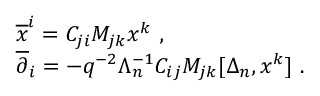
\begin{array} { l } { { { \overline { { x } } ^ { i } } = C _ { j i } M _ { j k } x ^ { k } ~ , } } \\ { { { \overline { { \partial } } _ { i } } = - q ^ { - 2 } \Lambda _ { n } ^ { - 1 } C _ { i j } M _ { j k } [ \Delta _ { n } , x ^ { k } ] ~ . } } \end{array}